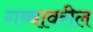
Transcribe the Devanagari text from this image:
गब्बावरील